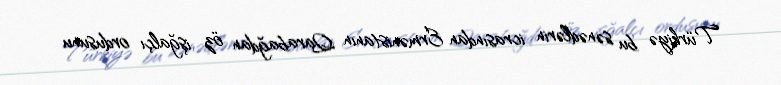
Türkiyə bu sənədlərin icrasından Ermənistanın Qarabağdan öz işğalçı ordusunu